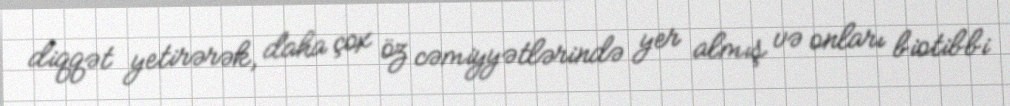
diqqət yetirərək, daha çox öz cəmiyyətlərində yer almış və onları biotibbi